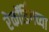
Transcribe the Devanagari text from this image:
रेकॉर्डिंगच्या